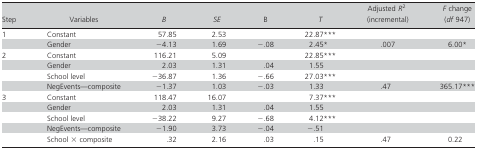
<table><thead><tr><td><b>Step</b></td><td><b>Variables</b></td><td><b><i>B</i></b></td><td><b><i>SE</i></b></td><td><b>Β</b></td><td><b><i>T</i></b></td><td><b>Adjusted <i>R</i><sup>2</sup> (incremental)</b></td><td><b><i>F</i> change (<i>df</i> 947)</b></td></tr></thead><tbody><tr><td>1</td><td>Constant</td><td>57.85</td><td>2.53</td><td></td><td>22.87***</td><td></td><td></td></tr><tr><td></td><td>Gender</td><td>−4.13</td><td>1.69</td><td>−.08</td><td>2.45*</td><td>.007</td><td>6.00*</td></tr><tr><td>2</td><td>Constant</td><td>116.21</td><td>5.09</td><td></td><td>22.85***</td><td></td><td></td></tr><tr><td></td><td>Gender</td><td>2.03</td><td>1.31</td><td>.04</td><td>1.55</td><td></td><td></td></tr><tr><td></td><td>School level</td><td>−36.87</td><td>1.36</td><td>−.66</td><td>27.03***</td><td></td><td></td></tr><tr><td></td><td>NegEvents—composite</td><td>−1.37</td><td>1.03</td><td>−.03</td><td>1.33</td><td>.47</td><td>365.17***</td></tr><tr><td>3</td><td>Constant</td><td>118.47</td><td>16.07</td><td></td><td>7.37***</td><td></td><td></td></tr><tr><td></td><td>Gender</td><td>2.03</td><td>1.31</td><td>.04</td><td>1.55</td><td></td><td></td></tr><tr><td></td><td>School level</td><td>−38.22</td><td>9.27</td><td>−.68</td><td>4.12***</td><td></td><td></td></tr><tr><td></td><td>NegEvents—composite</td><td>−1.90</td><td>3.73</td><td>−.04</td><td>−.51</td><td></td><td></td></tr><tr><td></td><td>School × composite</td><td>.32</td><td>2.16</td><td>.03</td><td>.15</td><td>.47</td><td>0.22</td></tr></tbody></table>